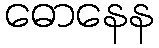
ဓောနေန